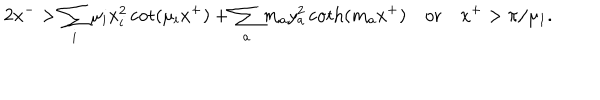
2 x ^ { - } > \sum _ { i } \mu _ { i } x _ { i } ^ { 2 } \cot ( \mu _ { i } x ^ { + } ) + \sum _ { a } m _ { a } y _ { a } ^ { 2 } \coth ( m _ { a } x ^ { + } ) \quad \mathrm { o r } \quad x ^ { + } > \pi / \mu _ { 1 } .